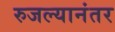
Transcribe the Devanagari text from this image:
रुजल्यानंतर